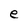
Character: e